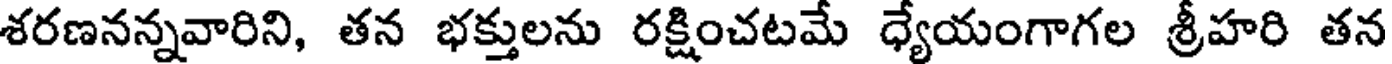
శరణనన్నవారిని, తన భక్తులను రక్షించటమే ధ్యేయంగాగల శ్రీహరి తన